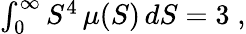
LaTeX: \begin{array}{r}{\int_{0}^{\infty}S^{4}\, \mu(S)\, dS=3\; ,}\end{array}